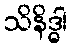
သိနိဒ္ဓါ